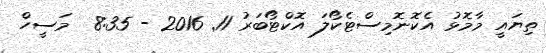
ތިޔައީ މާމޮޅު އެކޮނޮމިސްޓެކޯލަ އޮކްޓޯބަރު 11